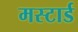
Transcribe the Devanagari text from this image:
मस्टार्ड